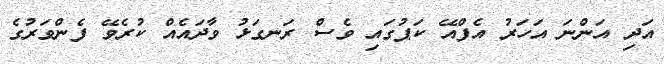
އަދި އަންނަ އަހަރު އެފްއޭ ކަޕުގައި ވެސް ރަނގަޅު ވާދައެއް ކުރެވޭ ފެންވަރުގެ